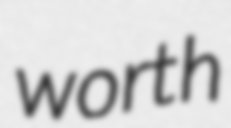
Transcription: worth